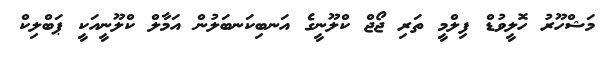
މަޝްހޫރު ހޮލީވުޑް ފިލްމީ ތަރި ޖޯޖް ކްލޫނީގެ އަނބިކަނބަލުން އަމާލް ކްލޫނީއަކީ ޕަބްލިކް